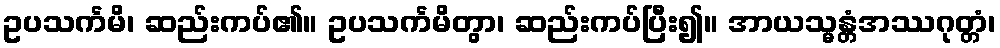
ဥပသင်္ကမိ၊ ဆည်းကပ်၏။ ဥပသင်္ကမိတွာ၊ ဆည်းကပ်ပြီး၍။ အာယသ္မန္တံအဿဂုတ္တံ၊